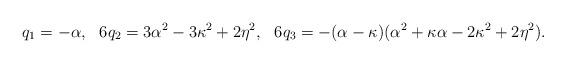
LaTeX: \begin{align*} q_1 &= - \alpha, & 6 q_2 &= 3 \alpha^2 - 3 \kappa^2 + 2 \eta^2, & 6 q_3 &= - (\alpha - \kappa) (\alpha^2 + \kappa \alpha - 2 \kappa^2 + 2 \eta^2). \end{align*}